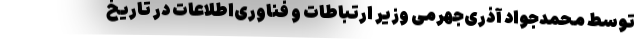
توسط محمدجواد آذری‌جهرمی وزیر ارتباطات و فناوری‌اطلاعات در تاریخ